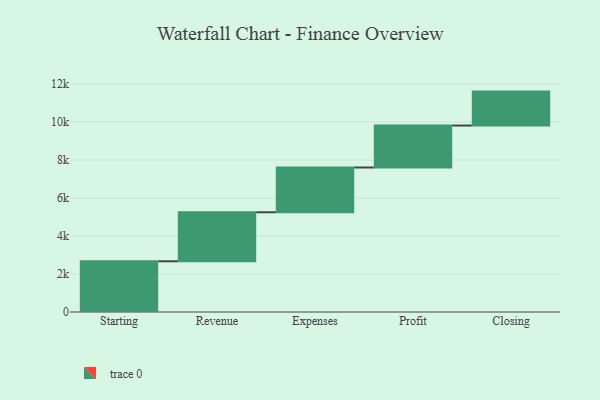
{"axis": {"x": "Step", "y": "Value"}, "legend": [""], "data": [{"x": "Starting", "y": 2669.0, "type": ""}, {"x": "Revenue", "y": 2579.0, "type": ""}, {"x": "Expenses", "y": 2356.0, "type": ""}, {"x": "Profit", "y": 2208.0, "type": ""}, {"x": "Closing", "y": 1786.0, "type": ""}]}